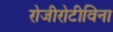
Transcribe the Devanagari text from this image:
रोजीरोटीविना